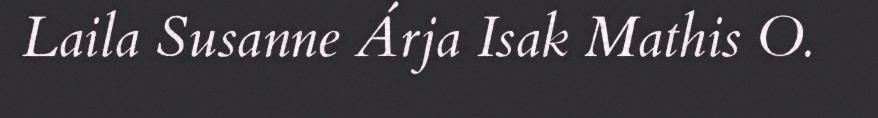
Laila Susanne Árja Isak Mathis O.